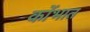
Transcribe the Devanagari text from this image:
कोंभात